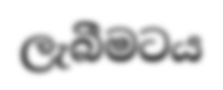
ලැබීමටය